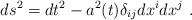
LaTeX: \begin{align*}ds^2 = dt^2 - a^2(t) \delta_{ij} dx^i dx^j~.\end{align*}